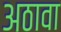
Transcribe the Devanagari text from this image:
अठावा